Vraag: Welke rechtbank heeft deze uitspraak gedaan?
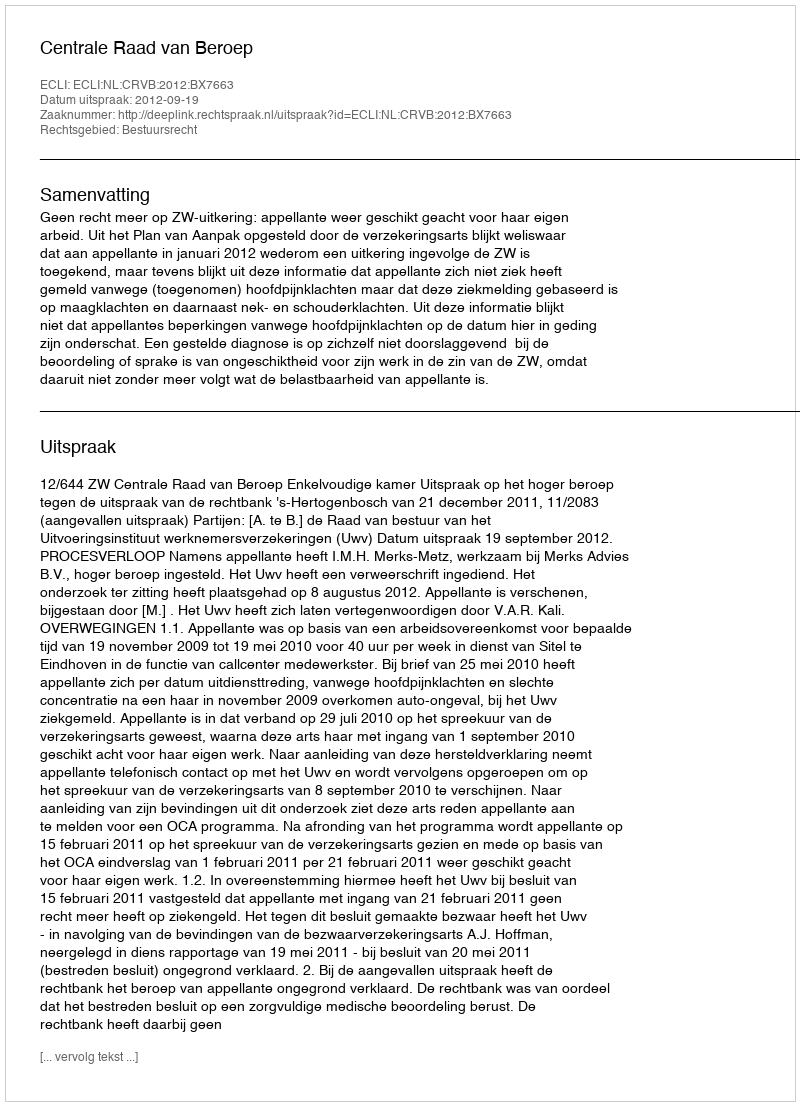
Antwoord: Centrale Raad van Beroep